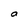
Character: O